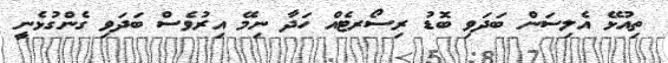
ތިއުޅޭ އެލިސަން ބަދަވި ބޮޑު ރިސޯރޓެއް ހަދާ ނިމޭ އިރުވެސް ބަދަވި ގެންގުޅެނީ